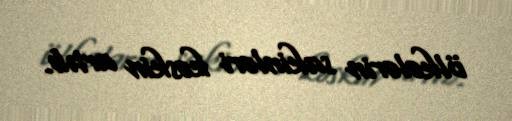
ölkələrin sakinləri kəskin artıb.